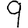
Digit: 9